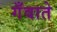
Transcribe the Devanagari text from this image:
गँवाते